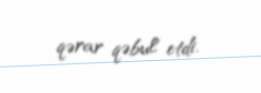
qərar qəbul etdi.